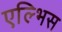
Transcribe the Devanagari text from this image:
एल्भिस